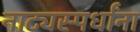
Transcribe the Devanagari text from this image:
नाट्यस्पर्धांना